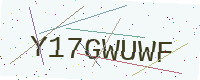
Text: Y17GWUWF